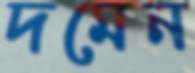
দমেন